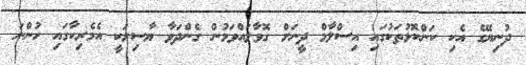
ދުނިޔޭގެ އެކި ކަންކޮޅުތަކުގައި އިސްލާމް ދީނަށް ގޮވާލައްވަމުން ގެންދަވާ ޔާސިރަކީ އެމެރިކާގައި ހުންނަ